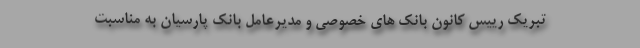
تبریک رییس کانون بانک های خصوصی و مدیرعامل بانک پارسیان به مناسبت